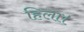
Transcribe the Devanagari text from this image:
हिला।